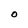
Character: O